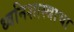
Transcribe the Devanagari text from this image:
ध्वनिशास्त्राचा